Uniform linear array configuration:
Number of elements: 32
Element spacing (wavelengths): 1
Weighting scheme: blackman
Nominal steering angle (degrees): -30
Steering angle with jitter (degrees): -30.774
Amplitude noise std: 0.05
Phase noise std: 0.05

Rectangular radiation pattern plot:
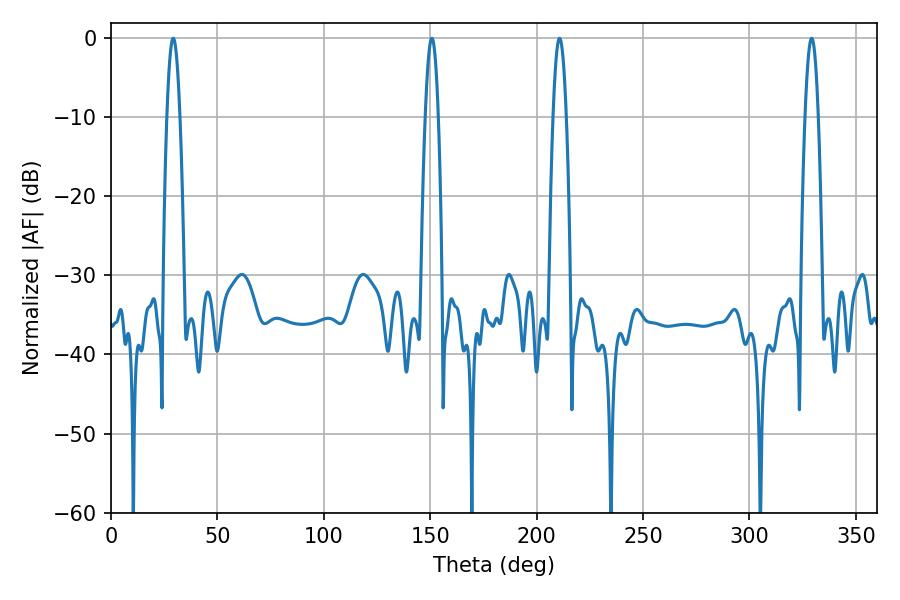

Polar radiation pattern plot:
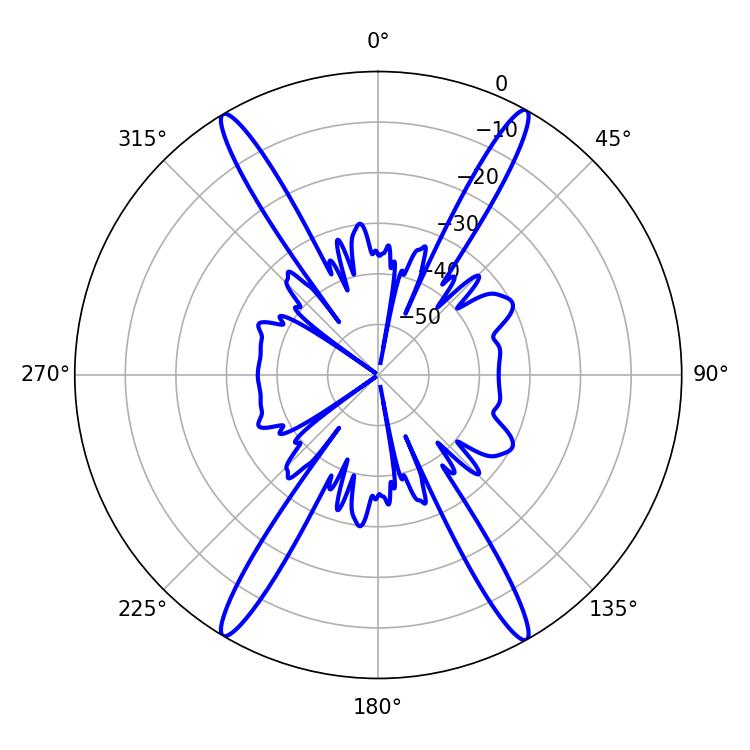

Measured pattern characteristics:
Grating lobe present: TRUE
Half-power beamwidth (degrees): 3.24
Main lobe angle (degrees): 329.22